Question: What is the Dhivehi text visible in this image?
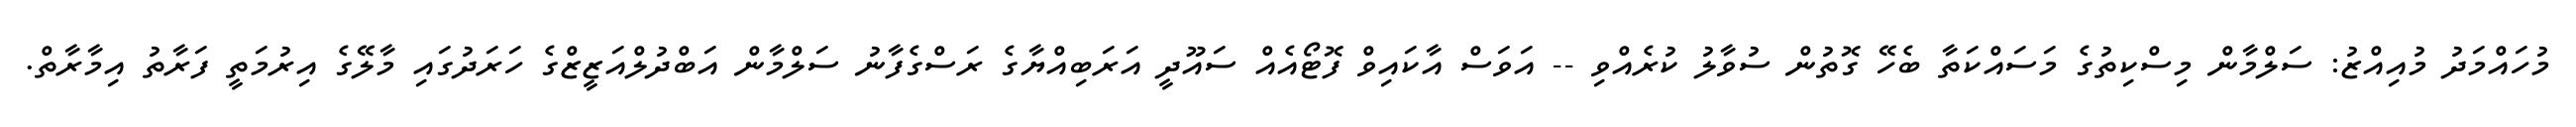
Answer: މުހައްމަދު މުއިއްޒު: ސަލްމާން މިސްކިތުގެ މަސައްކަތާ ބެހޭ ގޮތުން ސުވާލު ކުރެއްވި -- އަވަސް އާކައިވް ފޮޓޯއެއް ސައޫދީ އަރަބިއްޔާގެ ރަސްގެފާނު ސަލްމާން އަބްދުލްއަޒީޒްގެ ހަރަދުގައި މާލޭގެ އިރުމަތީ ފަރާތު އިމާރާތް.